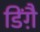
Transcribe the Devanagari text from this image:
डिंग़ै